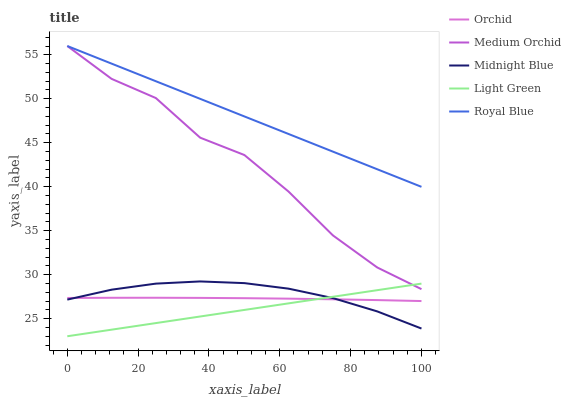
| xaxis_label | Orchid | Medium Orchid | Midnight Blue | Light Green | Royal Blue |
 | --- | --- | --- | --- | --- | --- |
 | 0 | 27.4 | 56 | 27.2 | 23 | 56 |
 | 12.5 | 27.4 | 52.3 | 28.3 | 23.7 | 54 |
 | 25 | 27.4 | 50.1 | 29 | 24.5 | 52 |
 | 37.5 | 27.4 | 45.6 | 29.2 | 25.2 | 50 |
 | 50 | 27.3 | 43.6 | 29 | 26 | 48 |
 | 62.5 | 27.3 | 39.4 | 28.4 | 26.7 | 46 |
 | 75 | 27.2 | 34.5 | 27.3 | 27.5 | 44 |
 | 87.5 | 27.1 | 30.8 | 25.8 | 28.2 | 42 |
 | 100 | 27 | 28.4 | 23.9 | 29 | 40 |